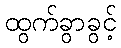
ထွက်ခွာခွင့်